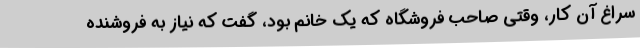
سراغ آن کار، وقتی صاحب فروشگاه که یک خانم بود، گفت که نیاز به فروشنده